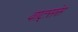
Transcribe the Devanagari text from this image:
वाट्संस